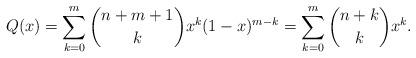
LaTeX: \begin{align*}Q(x)=\sum_{k=0}^m{n+m+1\choose k} x^k (1-x)^{m-k}=\sum_{k=0}^m {n+k\choose k} x^k.\end{align*}